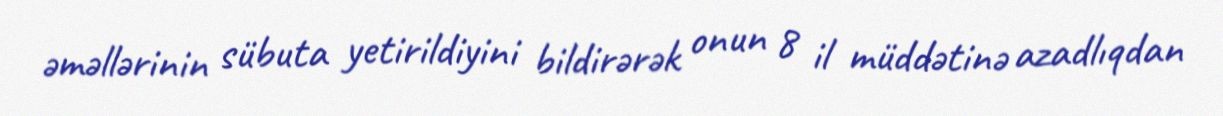
əməllərinin sübuta yetirildiyini bildirərək onun 8 il müddətinə azadlıqdan